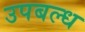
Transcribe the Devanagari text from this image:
उपबल्ध